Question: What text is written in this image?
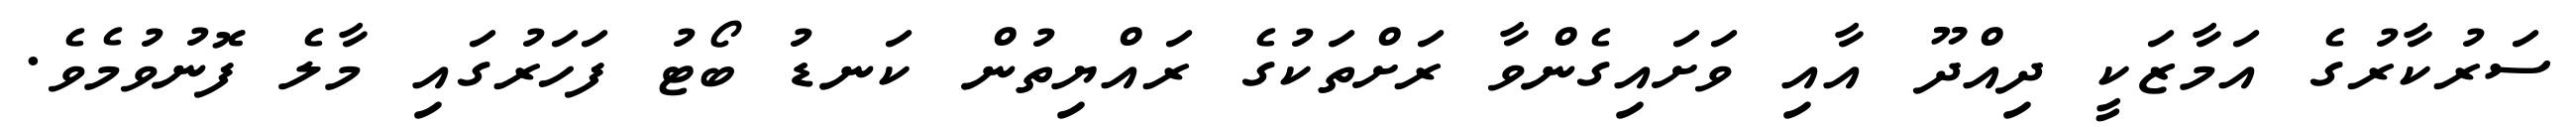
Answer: ސަރުކާރުގެ އަމާޒަކީ ދިއްދޫ އާއި ވަށައިގެންވާ ރަށްތަކުގެ ރައްޔިތުން ކަނޑު ބޯޓު ފަހަރުގައި މާލެ ފޮނުވުމެވެ.